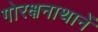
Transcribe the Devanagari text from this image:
गोरक्षनाथानें